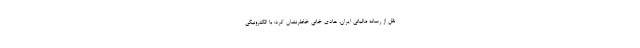
نقل از رسانه مالیاتی ایران، هادی خانی خاطرنشان کرد: با الکترونیکی